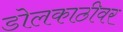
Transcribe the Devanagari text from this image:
डोलकाठीवर